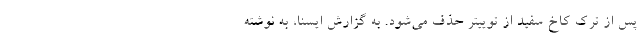
پس از ترک کاخ سفید از توییتر حذف می‌شود. به گزارش ایسنا، به نوشته